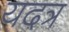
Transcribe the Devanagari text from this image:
यदत्र